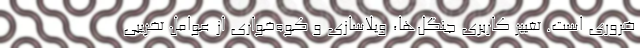
ضروری است. تغییر کاربری جنگل‌ها، ویلاسازی و کوه‌خواری از عوامل تخریبی